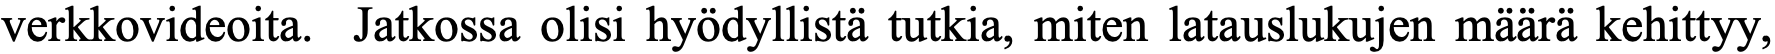
verkkovideoita. Jatkossa olisi hyödyllistä tutkia, miten latauslukujen määrä kehittyy,